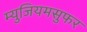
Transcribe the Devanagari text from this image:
म्युजियमसुफर